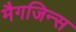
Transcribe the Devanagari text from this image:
मैगजिन्स